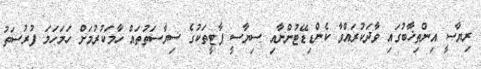
ރިޔާސީ އިންތިޚާބުގައި ވާދަކުރައްވާ ކެންޑިޑޭޓުންނާއި ސިޔާސީ ޕާޓީތަކުގެ ސިޔާސަތުތައް ހާމަކުރުމަށް ހަމަހަމަ ފުރުސަތު